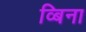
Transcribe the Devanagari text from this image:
व्बिना